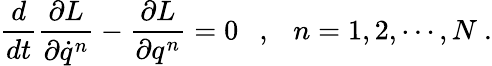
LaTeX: \frac{d}{dt}\frac{\partial L}{\partial\dot{q}^{n}}-\frac{\partial L}{\partial q^{n}}=0\ \ \ ,\ \ \ n=1,2,\cdots,N\ .